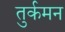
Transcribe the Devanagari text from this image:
तुर्कमन